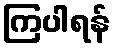
ကြပါရန်